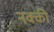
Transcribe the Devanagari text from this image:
नक्‍की